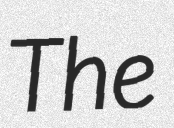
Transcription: The